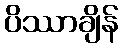
ပိဿာချိန်